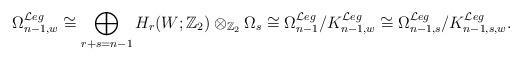
LaTeX: \begin{align*}\Omega^{\mathcal{L}eg}_{n-1,w}\cong\bigoplus_{r+s=n-1}H_r(W;{\mathbb Z}_2)\otimes_{{\mathbb Z}_2}\Omega_s\cong\Omega^{\mathcal{L}eg}_{n-1}/K^{\mathcal{L}eg}_{n-1,w}\cong\Omega^{\mathcal{L}eg}_{n-1,s}/K^{\mathcal{L}eg}_{n-1,s,w}.\end{align*}